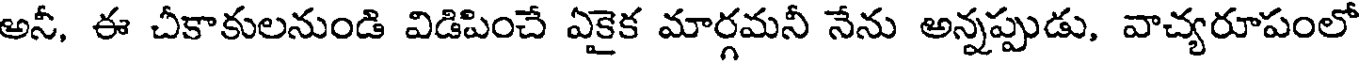
అనీ, ఈ చీకాకులనుండి విడిపించే ఏకైక మార్గమనీ నేను అన్నప్పుడు, వాచ్యరూపంలో